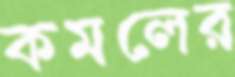
কমলের